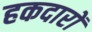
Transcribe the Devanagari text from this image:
हकदारों